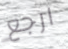
ارجع